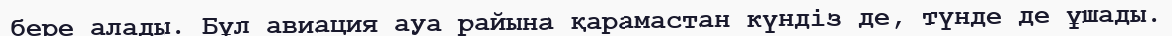
бере алады. Бұл авиация ауа райына қарамастан күндіз де, түнде де ұшады.